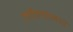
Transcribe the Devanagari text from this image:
लीलांमधे